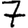
Digit: 7